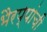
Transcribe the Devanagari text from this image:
भैरप्पांची